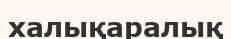
халықаралық